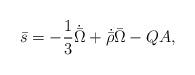
LaTeX: \begin{align*}\bar{s} = -\frac{1}{3} \dot{\bar{\Omega}}+ \dot{\bar{\rho}} \bar{\Omega} - Q A ,\end{align*}